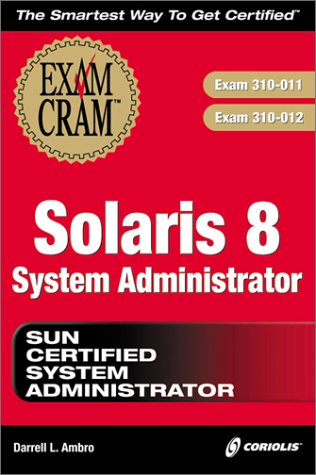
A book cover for Solaris 8 System Administrator Exam Cram (Exam: 310-011, 310-012); Darrell L. Ambro; Computers & Technology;